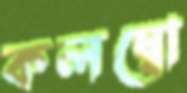
কলম্বো